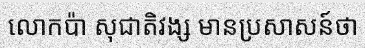
លោកប៉ា សុជាតិវង្ស មានប្រសាសន៍ថា